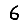
Digit: 6